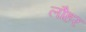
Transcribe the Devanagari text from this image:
लौहर